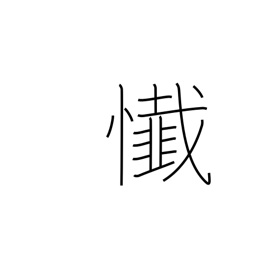
Meaning: remorse